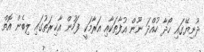
ދުނިޔޭގައި ހޯދާ ހުއްދަ ނޫން އުފާތަކާއި އަރާމަކީ ފަހުން އާޚިރަތުގައި ލިބެން އޮތް